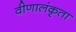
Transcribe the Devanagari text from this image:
वीणालंकृता